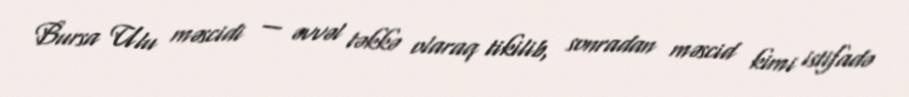
Bursa Ulu məscidi — əvvəl təkkə olaraq tikilib, sonradan məscid kimi istifadə